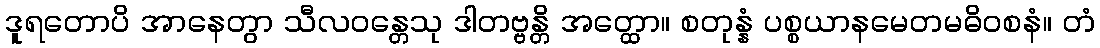
ဒူရတောပိ အာနေတွာ သီလဝန္တေသု ဒါတဗ္ဗန္တိ အတ္ထော။ စတုန္နံ ပစ္စယာနမေတမဓိဝစနံ။ တံ